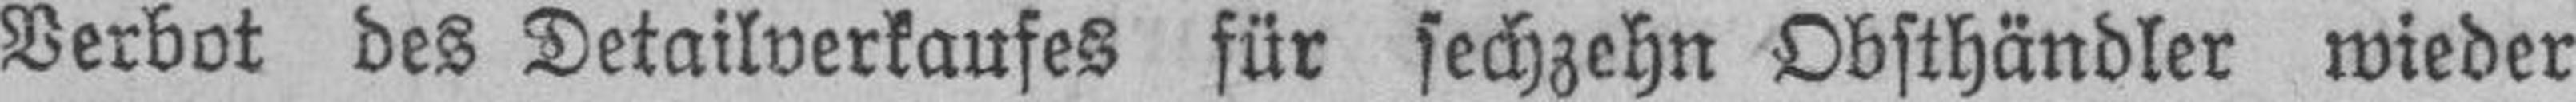
Verbot des Detailverkaufes für sechzehn Obsthändler wieder